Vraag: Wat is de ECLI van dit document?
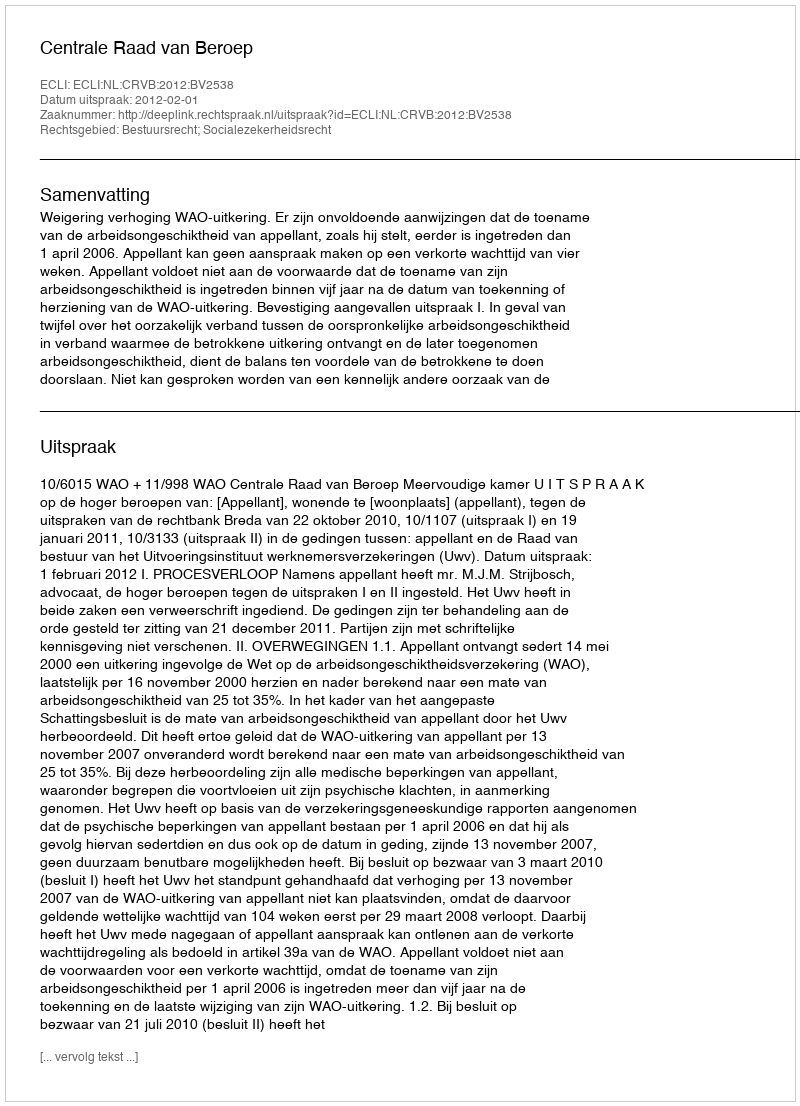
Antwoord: ECLI:NL:CRVB:2012:BV2538